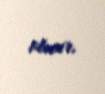
olmur.